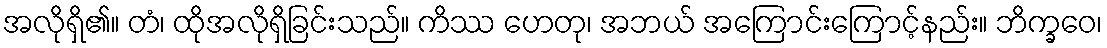
အလိုရှိ၏။ တံ၊ ထိုအလိုရှိခြင်းသည်။ ကိဿ ဟေတု၊ အဘယ် အကြောင်းကြောင့်နည်း။ ဘိက္ခဝေ၊